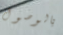
بالوصول